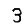
Digit: 3